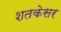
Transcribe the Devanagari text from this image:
शतकेसर